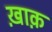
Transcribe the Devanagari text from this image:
ख़ाक़